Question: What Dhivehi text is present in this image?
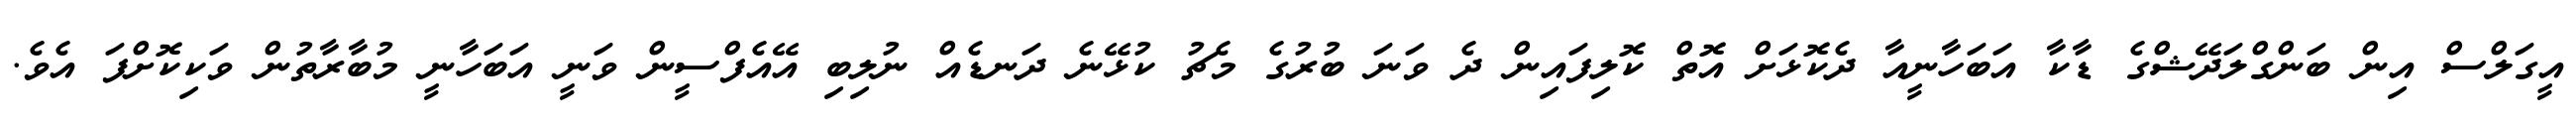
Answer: އީގަލްސް އިން ބަންގްލަދޭޝްގެ ޑާކާ އަބަހާނީއާ ދެކޮޅަށް އޮތް ކޮލިފައިން ދެ ވަނަ ބުރުގެ މެޗު ކުޅޭނެ ދަނޑެއް ނުލިބި އޭއެފްސީން ވަނީ އަބަހާނީ މުބާރާތުން ވަކިކޮށްފަ އެވެ.